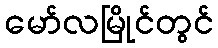
မော်လမြိုင်တွင်